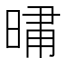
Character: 𭦦